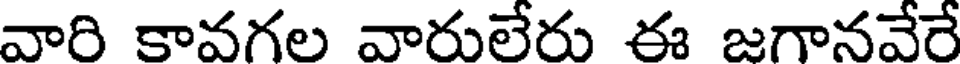
వారి కావగల వారులేరు ఈ జగానవేరే